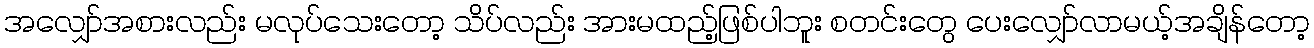
အလျှော်အစားလည်း မလုပ်သေးတော့ သိပ်လည်း အားမထည့်ဖြစ်ပါဘူး စတင်းတွေ ပေးလျှော်လာမယ့်အချိန်တော့